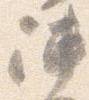
陣